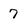
Character: 7